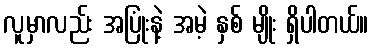
လူမှာလည်း အပြုံးနဲ့ အမဲ့ နှစ် မျိုး ရှိပါတယ်။